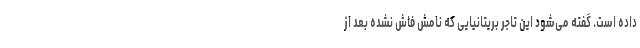
داده است. گفته می‌شود این تاجر بریتانیایی که نامش فاش نشده بعد از